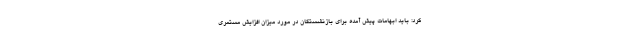
کرد: باید ابهامات پیش آمده برای بازنشستگان در مورد میزان افزایش مستمری